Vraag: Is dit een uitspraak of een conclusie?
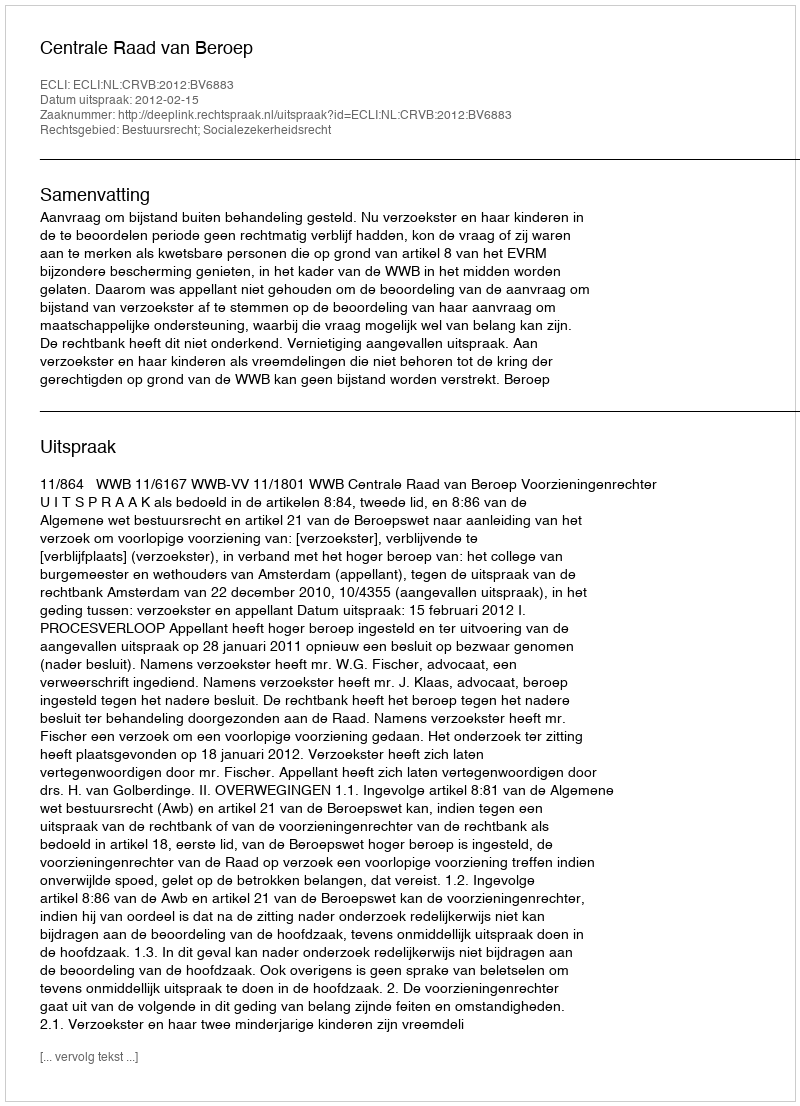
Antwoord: Uitspraak